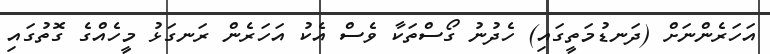
އަހަރެންނަށް (ދަނޑުމަތީގައި) ހެދުނު ގޯސްތަކާ ވެސް އެކު އަހަރެން ރަނގަޅު މީހެއްގެ ގޮތުގައި